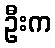
ဦးက